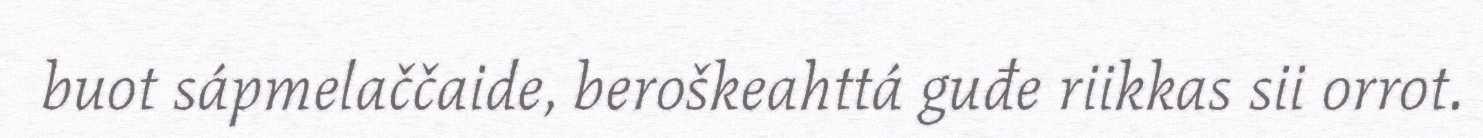
buot sápmelaččaide, beroškeahttá guđe riikkas sii orrot.